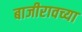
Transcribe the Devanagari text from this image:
बाजीरावच्या